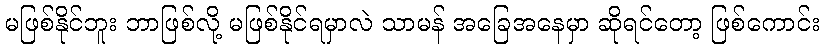
မဖြစ်နိုင်ဘူး ဘာဖြစ်လို့ မဖြစ်နိုင်ရမှာလဲ သာမန် အခြေအနေမှာ ဆိုရင်တော့ ဖြစ်ကောင်း